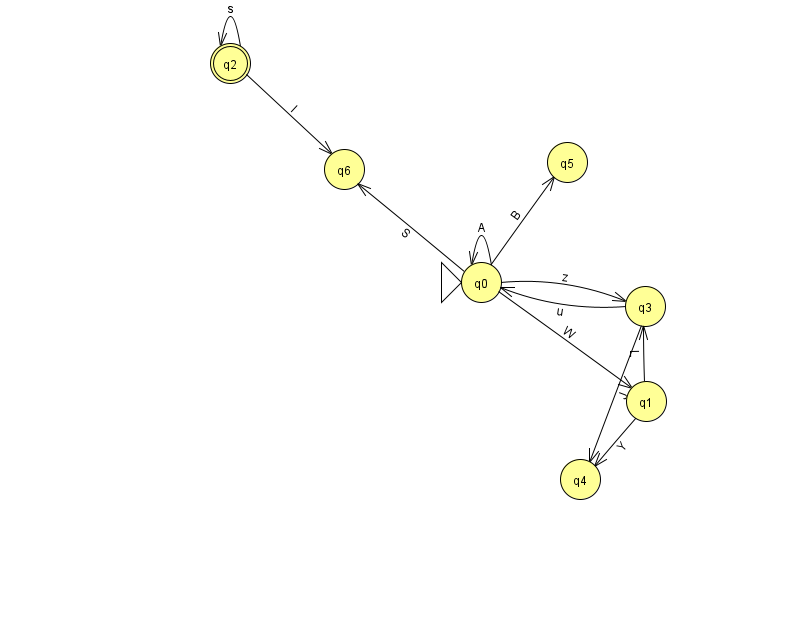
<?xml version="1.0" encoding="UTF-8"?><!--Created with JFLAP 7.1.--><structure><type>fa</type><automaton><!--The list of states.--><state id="0" name="q0"><x>481.0</x><y>269.0</y><initial/></state><state id="1" name="q1"><x>646.0</x><y>388.0</y></state><state id="2" name="q2"><x>230.0</x><y>50.0</y><final/></state><state id="3" name="q3"><x>645.0</x><y>293.0</y></state><state id="4" name="q4"><x>580.0</x><y>466.0</y></state><state id="5" name="q5"><x>567.0</x><y>149.0</y></state><state id="6" name="q6"><x>344.0</x><y>156.0</y></state><!--The list of transitions.--><transition><from>0</from><to>0</to><read>A</read></transition><transition><from>2</from><to>2</to><read>s</read></transition><transition><from>0</from><to>3</to><read>z</read></transition><transition><from>0</from><to>1</to><read>W</read></transition><transition><from>1</from><to>4</to><read>Y</read></transition><transition><from>3</from><to>4</to><read>J</read></transition><transition><from>2</from><to>6</to><read>l</read></transition><transition><from>3</from><to>0</to><read>u</read></transition><transition><from>0</from><to>6</to><read>S</read></transition><transition><from>1</from><to>3</to><read>L</read></transition><transition><from>0</from><to>5</to><read>B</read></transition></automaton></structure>